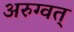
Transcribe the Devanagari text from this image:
अरुग्वत्